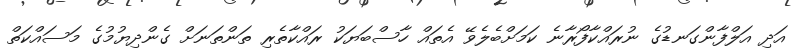
އަދި އަލްފާންގަނޑުގެ ނުރައްކާފޯރާނެ ކަމަށްބެލެވޭ އެތައް ހާސްބަޔަކު ރައްކާތެރި ތަންތަނަށް ގެންދިޔުމުގެ މަސައްކަތް